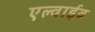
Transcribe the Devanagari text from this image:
एल्वाईव